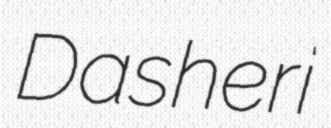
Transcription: Dasheri